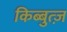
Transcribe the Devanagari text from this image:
किब्बुत्ज़